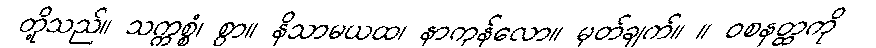
တို့သည်။ သက္ကစ္စံ၊ စွာ။ နိသာမယထ၊ နာကုန်လော။ မှတ်ချက်။ ။ ဝစနတ္ထကို